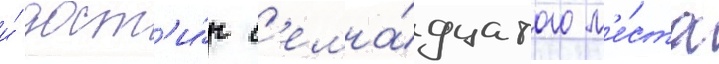
и́ дост'и́г с'емна́дцатого м'е́ста